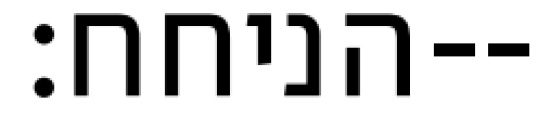
הניחח׃--